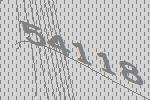
54118